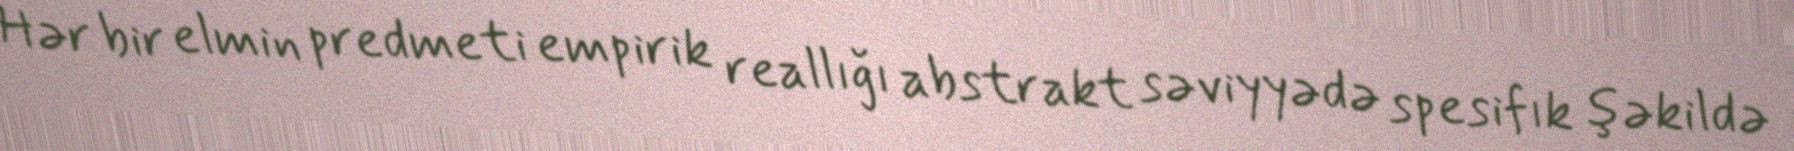
Hər bir elmin predmeti empirik reallığı abstrakt səviyyədə spesifık şəkildə